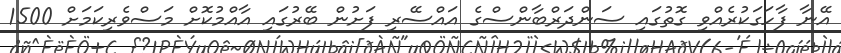
އޭނާ ފާހަގަކުރެއްވި ގޮތުގައި ސަންދަރްބާންސްގެ އައްސޭރި ފަށުން ބޭރުގައި އާއްމުކޮށް މަސްވެރިކަމަށް 1500